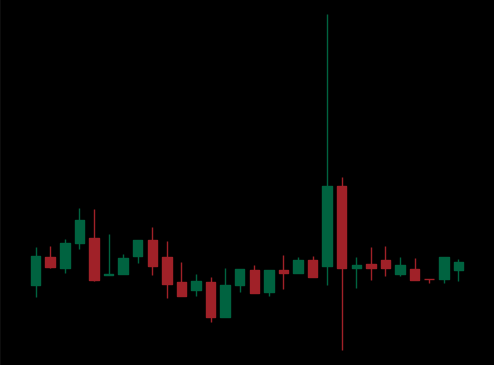
Pattern: unclassified